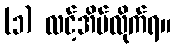
(၁) လင့်အိမ်လိုက်ရ။